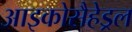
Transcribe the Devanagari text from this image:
आइकोसैहेड्रल